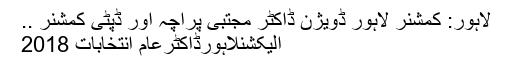
لاہور: کمشنر لاہور ڈویژن ڈاکٹر مجتبیٰ پراچہ اور ڈپٹی کمشنر ..
الیکشنلاہورڈاکٹرعام انتخابات 2018